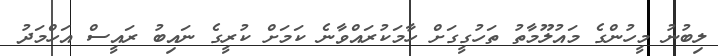
ލިބުނު މީހުންގެ މައުލޫމާތު ތަހުގީގަށް ހާމަކުރައްވާނެ ކަމަށް ކުރީގެ ނައިބު ރައީސް އަހްމަދު